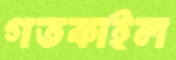
গতকাইল